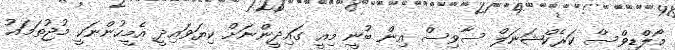
މޯލްޑިވްސް ކަރެކްޝަނަލް ސާވިސް އިން ބުނީ މިއީ ގައިދީންނަށް ކިޔަވައިދީ އެމީހުންނަކީ މުޖުތަމައު